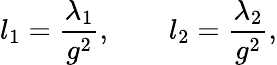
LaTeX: l_{1}={\frac{\lambda_{1}}{g^{2}}},\qquad l_{2}={\frac{\lambda_{2}}{g^{2}}},